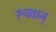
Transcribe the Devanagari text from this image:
रूपवान्